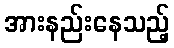
အားနည်းနေသည့်